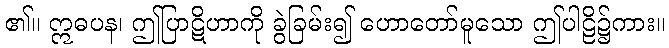
၏။ ဣဓပန၊ ဤပြာဋိဟာကို ခွဲခြမ်း၍ ဟောတော်မူသော ဤပါဠိ၌ကား။